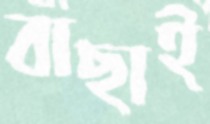
বাছাই